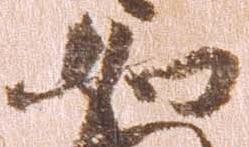
如